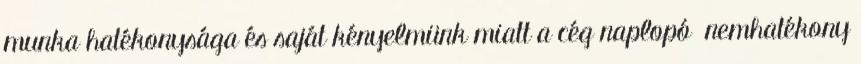
munka hatékonysága és saját kényelmünk miatt a cég naplopó nemhatékony